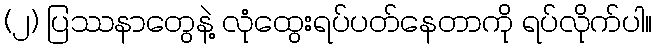
(၂) ပြဿနာတွေနဲ့ လုံထွေးရပ်ပတ်နေတာကို ရပ်လိုက်ပါ။